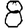
Digit: 8